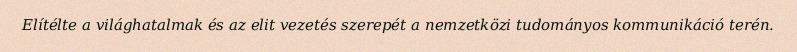
Elítélte a világhatalmak és az elit vezetés szerepét a nemzetközi tudományos kommunikáció terén.